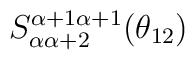
S_{\alpha \alpha +2}^{\alpha +1\alpha +1}(\theta _{12})